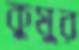
কুমুর